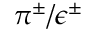
\pi ^ { \pm } / \epsilon ^ { \pm }